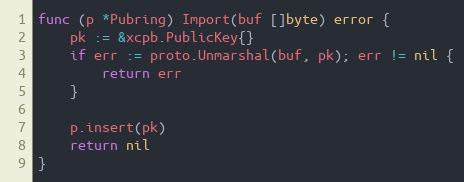
Language: Go
func (p *Pubring) Import(buf []byte) error {
	pk := &xcpb.PublicKey{}
	if err := proto.Unmarshal(buf, pk); err != nil {
		return err
	}

	p.insert(pk)
	return nil
}